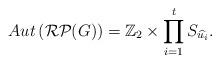
LaTeX: \begin{align*} Aut\left(\mathcal{RP}(G)\right)=\mathbb Z_2\times {\prod_{i=1}^{t}S_{\widehat{u_i}}}.\end{align*}